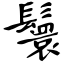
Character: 鬟